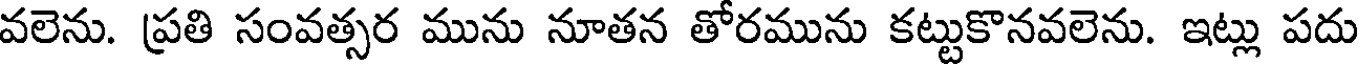
వలెను. ప్రతి సంవత్సర మును నూతన తోరమును కట్టుకొనవలెను. ఇట్లు పదు